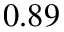
0 . 8 9